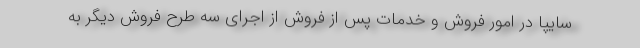
سایپا در امور فروش و خدمات پس از فروش از اجرای سه طرح فروش دیگر به